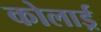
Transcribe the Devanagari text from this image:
कोलार्ड्र